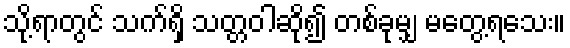
သို့ရာတွင် သက်ရှိ သတ္တဝါဆို၍ တစ်ခုမျှ မတွေ့ရသေး။